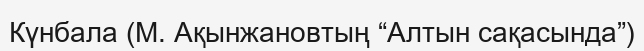
Күнбала (М. Ақынжановтың “Алтын сақасында”)